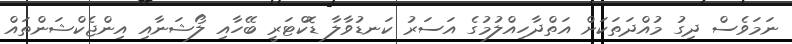
ނަމަވެސް ދިގު މުއްދަތަކަށް އަތްދާހިއްލުމުގެ އަސަރު ކަނޑުވާލާ ޑޮކްޓަރީ ބޭހާއި ލޯޝަނާއި އިންޖެކްޝަންތައް